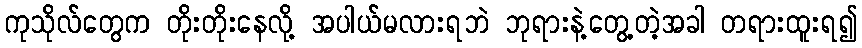
ကုသိုလ်တွေက တိုးတိုးနေလို့ အပါယ်မလားရဘဲ ဘုရားနဲ့တွေ့တဲ့အခါ တရားထူးရ၍